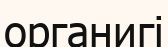
органигі